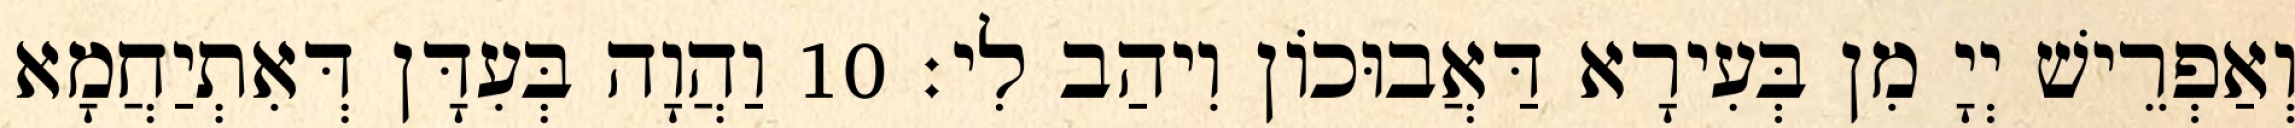
וְאַפְרֵישׁ יְיָ מִן בְּעִירָא דַּאֲבוּכוֹן וִיהַב לִי׃ 10 וַהֲוָה בְּעִדָּן דְּאִתְיַחֲמָא